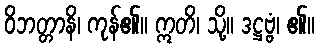
ဝိဘတ္တာနိ၊ ကုန်၏။ ဣတိ၊ သို့။ ဒဋ္ဌဗ္ဗံ၊ ၏။